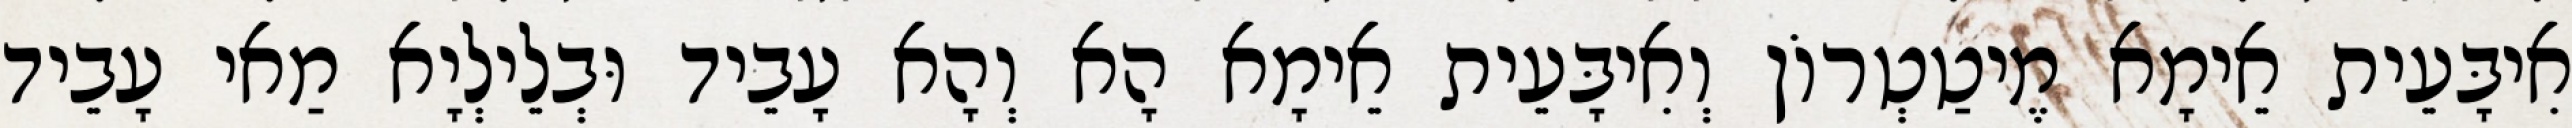
אִיבָּעֵית אֵימָא מֶיטַטְרוֹן וְאִיבָּעֵית אֵימָא הָא וְהָא עָבֵיד וּבְלֵילְיָא מַאי עָבֵיד